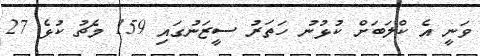
ވަނީ އެ ކްލަބަށް ކުޅުނު ހަތަރު ސީޒަނުގައި 159 މެޗު ކުޅެ 27